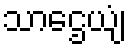
သာဌေယျံ